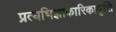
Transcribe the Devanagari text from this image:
प्रत्यभिज्ञाकारिकावृत्ति